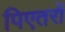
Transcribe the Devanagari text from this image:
पिएतरों